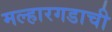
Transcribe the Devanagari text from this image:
मल्हारगडाची